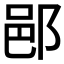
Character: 𨛗